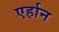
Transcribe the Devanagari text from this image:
एर्हान